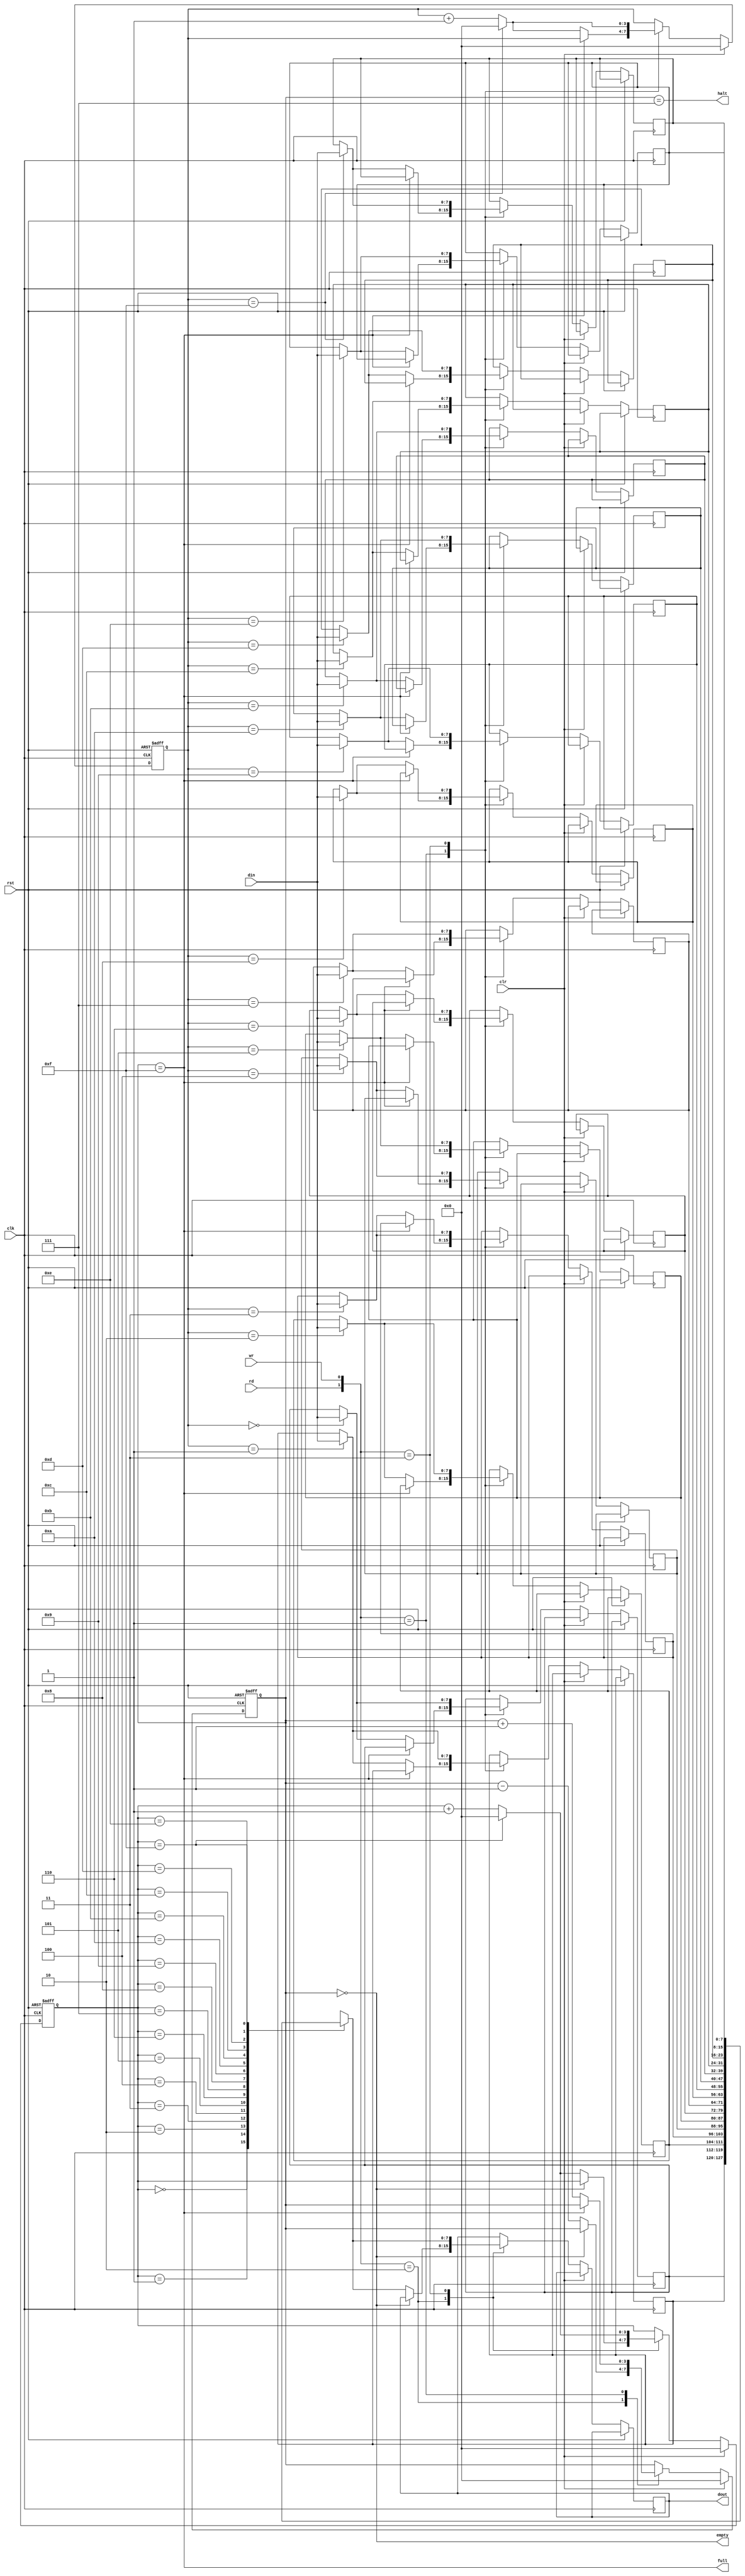
module fifo(full,empty,halt,dout,din,rd,wr,rst,clr,clk);
output		full;
output		empty;
output		halt;
output[7:0]	dout;
input[7:0]	din;
input		rd;
input		wr;
input		rst;
input		clr;
input		clk;
reg[7:0]	mem[15:0];
reg[3:0]	cnt;
reg[3:0]	read_ptr,write_ptr;
reg[7:0]	dout;
always@(posedge clk or posedge rst)
begin
	if(rst)
	begin
		cnt<=4'b0;
		read_ptr<=4'b0;
		write_ptr<=4'b0;
	end
	else if(clr)
	begin
		cnt<=4'b0;
		read_ptr<=4'b0;
		write_ptr<=4'b0;
	end
	else 
		case({rd,wr})
			2'b10:
				begin	
					if(!empty)
					begin
						dout<=mem[read_ptr];
						read_ptr<=(read_ptr==4'b1111)?4'b0:(read_ptr+1'b1);
						cnt<=cnt-1'b1;
					end
				end
			2'b01:
				begin
					if(!full)
					begin
						mem[write_ptr]<=din;	
						write_ptr<=(write_ptr==4'b1111)?4'b0:(write_ptr+1'b1);
						cnt<=cnt+1'b1;
					end
				end
			2'b11:
				begin 
					mem[write_ptr]<=din;
					write_ptr<=(write_ptr==4'b1111)?4'b0:(write_ptr+1'b1);
					read_ptr<=(read_ptr==4'b1111)?4'b0:(read_ptr+1'b1);
					dout<=mem[read_ptr];
				end
		endcase
end
assign full=(cnt==4'b1111);
assign empty=(cnt==4'b0);
assign halt=(cnt==4'b111);
endmodule